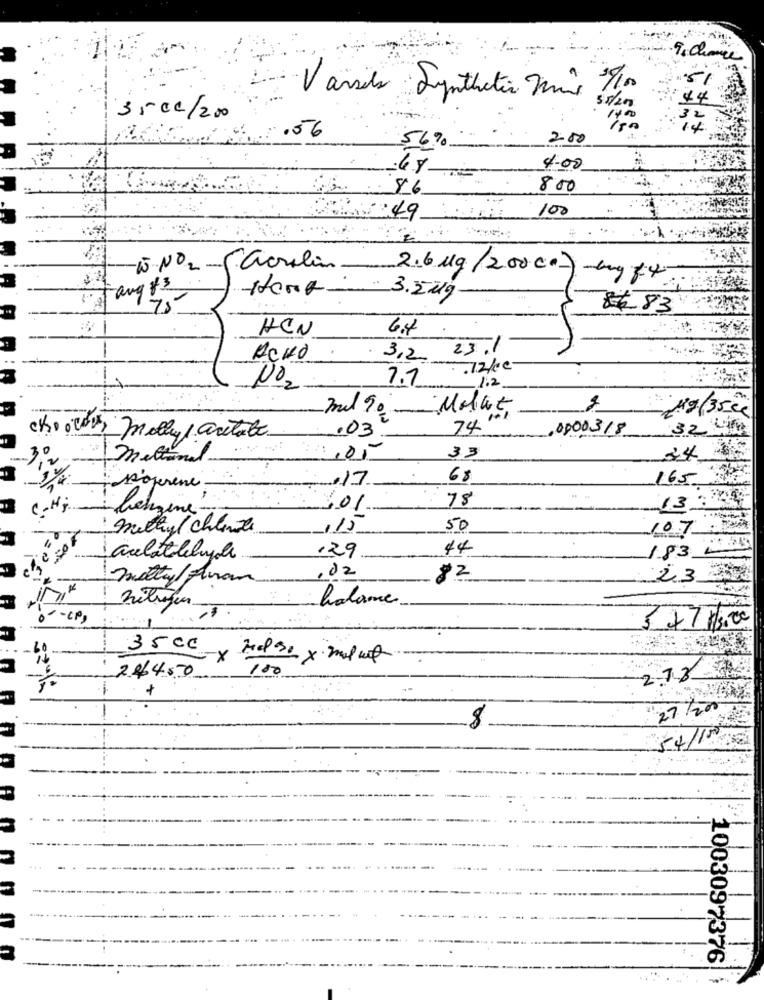
51
Varses Synthetic mis 3/10
:44
35cc/200
.32
.56
14
56%
200
4.00
86
800
100
-W-No2 -faculin
2.6 Mg/20000- mg f:4
If any 83
Hong. 3.2019
75
##83
HCN
6.4 .
. 3,2 23.1
-
ACHO
72/0€
7.7
1.2
1
NO2
mil 90 Malut
.03
74
0000318
32 000
choices, molly/ acetate
meltonal
33
24
17
68
165
sofrene:
78
C-Hr
:301
methyl chlene
115
50
107.TA
44
aulatalebiyle
129
1.83 m
,02
melty/Alan
82
23
halame
$ 471.00
3500-x
244.50
180
2.73
27 /200
8
54/10
1003097376